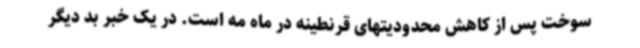
سوخت پس از کاهش محدودیتهای قرنطینه در ماه مه است. در یک خبر بد دیگر